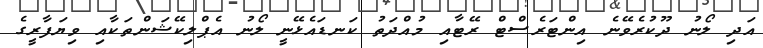
އަދި ލޯނު ދޫކުރެވޭނެ އިންޓަރެސްޓް ރޭޓާއި މުއްދަތު ކަނޑައެޅޭނީ ލޯނު އެޕްލިކޭޝަންތަކާއި ވިޔަފާރީގެ